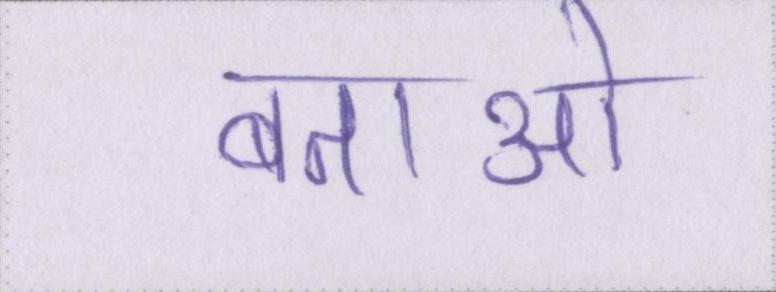
बताओ